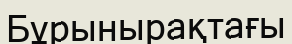
Бұрынырақтағы